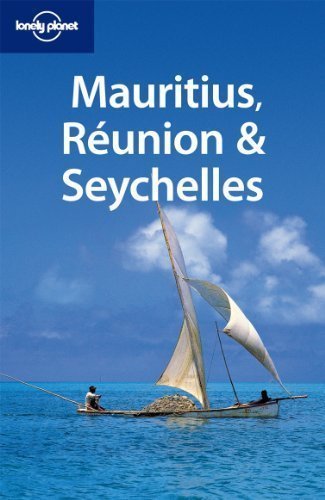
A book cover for Lonely Planet Mauritius Reunion & Seychelles (Multi Country Travel Guide) by Jean-Bernard Carillet, Brandon Presser (2010) Paperback; Travel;